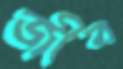
জীব